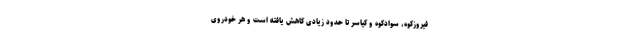
فیروزکوه، سوادکوه و کیاسر تا حدود زیادی کاهش یافته است و هر خودروی